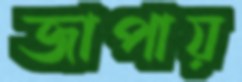
জাপায়